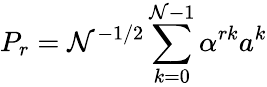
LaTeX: P_{r}=\mathcal{N}^{-1/2}\sum_{k=0}^{\mathcal{N}-1}\alpha^{rk}a^{k}